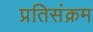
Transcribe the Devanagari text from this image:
प्रतिसंक्रम